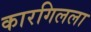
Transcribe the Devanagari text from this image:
कारगिलला